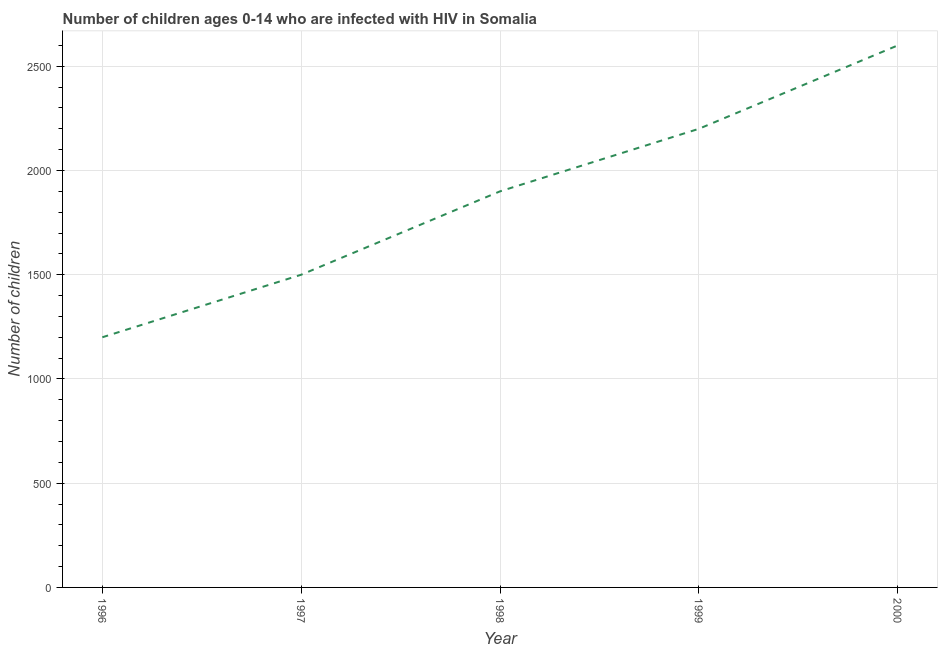
| Year | Children (0-14) living with HIV |
 | --- | --- |
 | 1996 | 1.2e+03 |
 | 1997 | 1.5e+03 |
 | 1998 | 1.9e+03 |
 | 1999 | 2.2e+03 |
 | 2000 | 2.6e+03 |